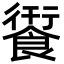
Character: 𮩄